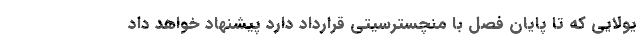
یولایی که تا پایان فصل با منچسترسیتی قرارداد دارد پیشنهاد خواهد داد